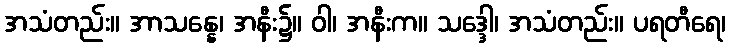
အသံတည်း။ အာသန္နေ၊ အနီး၌။ ဝါ၊ အနီးက။ သဒ္ဒေါ၊ အသံတည်း။ ပရတီရေ၊